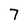
Character: 7